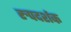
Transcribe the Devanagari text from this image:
रुपदर्शक